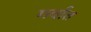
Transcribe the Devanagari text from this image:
गर्वात